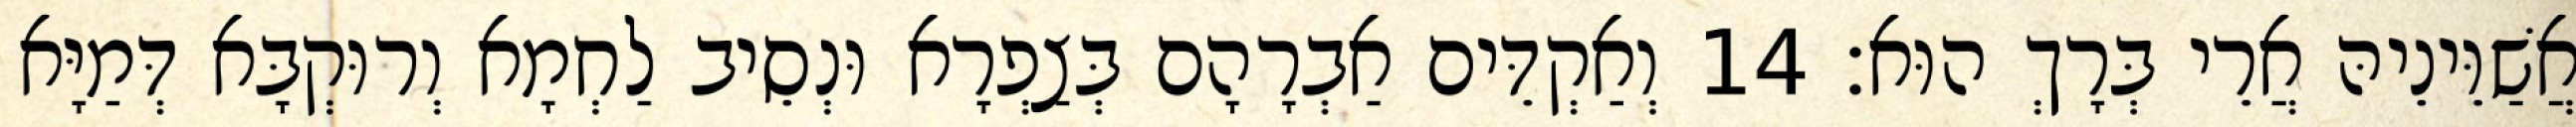
אֲשַׁוֵּינֵיהּ אֲרֵי בְּרָךְ הוּא׃ 14 וְאַקְדֵּים אַבְרָהָם בְּצַפְרָא וּנְסֵיב לַחְמָא וְרוּקְבָּא דְּמַיָּא